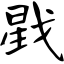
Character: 戥